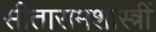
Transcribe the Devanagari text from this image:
सीतारामशास्त्रीं